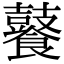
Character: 𮩑